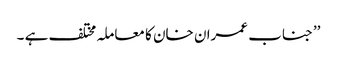
’’جناب عمران خان کا معاملہ مختلف ہے ۔